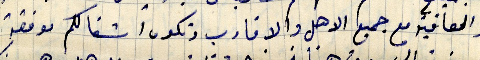
والعافية مع جميع الاهل والاقارب وتكون اشغالكم موفقة